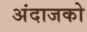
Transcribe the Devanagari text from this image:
अंदाजको